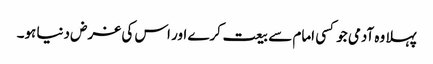
پہلا وہ آدمی جو کسی امام سے بیعت کرے اور اس کی غرض دنیا ہو۔